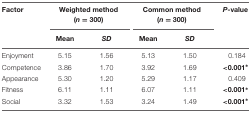
| Factor | <COLSPAN=2> Weighted method (n = 300) | <COLSPAN=2> Common method (n = 300) | P-value |
 |  | Mean | SD | Mean | SD |  |
 | --- | --- | --- | --- | --- | --- |
 | Enjoyment | 5.15 | 1.56 | 5.13 | 1.50 | 0.184 |
 | Competence | 3.86 | 1.70 | 3.92 | 1.69 | <0.001∗ |
 | Appearance | 5.30 | 1.20 | 5.29 | 1.17 | 0.409 |
 | Fitness | 6.11 | 1.11 | 6.07 | 1.11 | <0.001∗ |
 | Social | 3.32 | 1.53 | 3.24 | 1.49 | <0.001∗ |